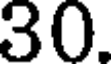
30.